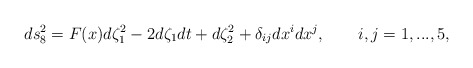
\begin{align*}ds_8^2 = F(x) d \zeta_1^2 - 2d\zeta_1 dt + d\zeta_2^2 +\delta_{ij} dx^idx^j, \qquad i,j = 1,...,5,\end{align*}